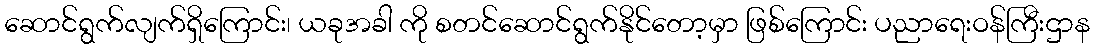
ဆောင်ရွက်လျက်ရှိကြောင်း၊ ယခုအခါ ကို စတင်ဆောင်ရွက်နိုင်တော့မှာ ဖြစ်ကြောင်း ပညာရေးဝန်ကြီးဌာန